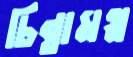
চিন্তামগ্ন